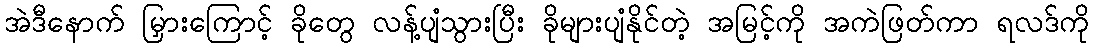
အဲဒီနောက် မြှားကြောင့် ခိုတွေ လန့်ပျံသွားပြီး ခိုများပျံနိုင်တဲ့ အမြင့်ကို အကဲဖြတ်ကာ ရလဒ်ကို